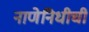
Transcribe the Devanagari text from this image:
नाणेनिधीची